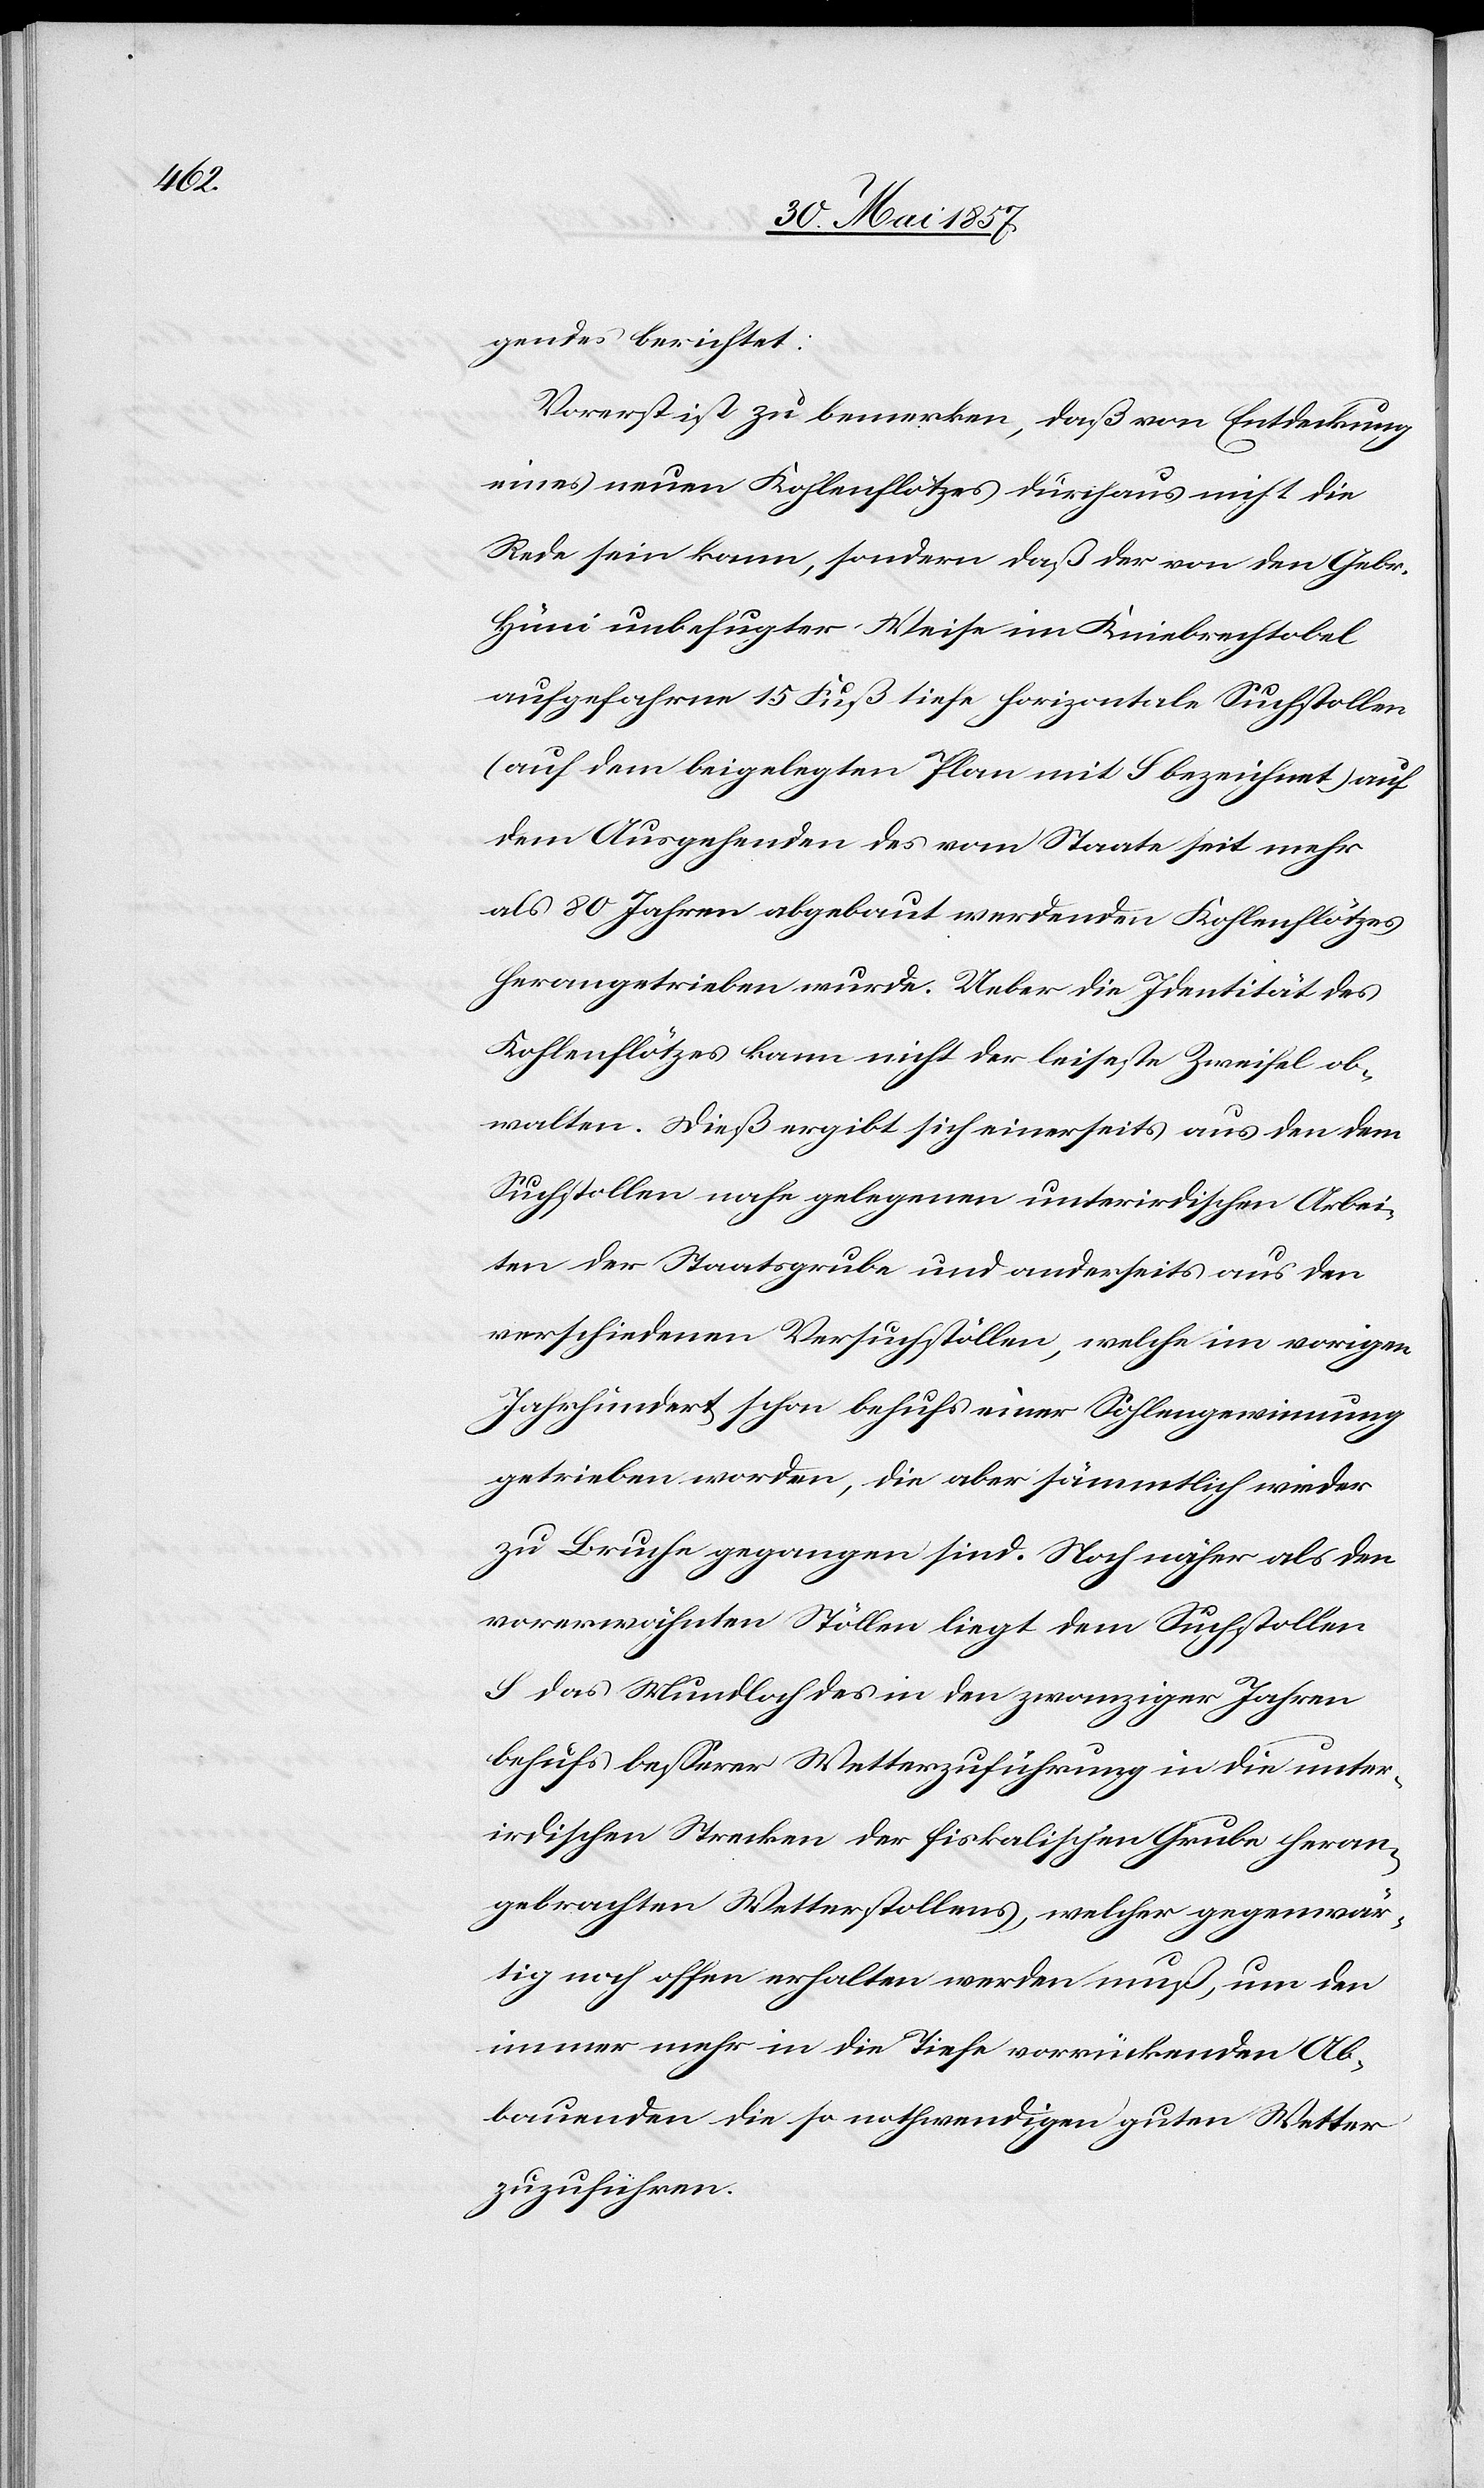
gendes berichtet:
Vorerst ist zu bemerken, daß von Entdeckung
eines neuen Kohlenflötzes durchaus nicht die
Rede sein kann, sondern daß der von den Gebr.
Hüni unbefugter Weise im Kniebrechtobel
aufgefahrene 15 Fuß tiefe horizontale Suchstollen
(auf dem beigelegten Plan mit S bezeichnet) auf
dem Ausgehenden des vom Staate seit mehr
als 80 Jahren abgebaut werdenden Kohlenflötzes
herangetrieben wurde. Ueber die Identität des
Kohlenflötzes kann nicht der leiseste Zweifel ob¬
walten. Dieß ergibt sich einerseits aus den dem
Suchstollen nahe gelegenen unterirdischen Arbei¬
ten der Staatsgrube und anderseits aus den
verschiedenen Versuchstöllen, welche im vorigen
Jahrhundert schon behufs einer Sohlengewinnung
getrieben worden, die aber sämmtlich wieder
zu Bruche gegangen sind. Noch näher als den
vorerwähnten Stöllen liegt dem Suchstollen
S das Mundloch des in den zwanziger Jahren
behufs besserer Wetterzuführung in die unter¬
irdischen Strecken der fiskalischen Grube heran¬
gebrachten Wetterstollens, welcher gegenwär¬
tig noch offen erhalten werden muß, um den
immer mehr in die Tiefe vorrückenden Ab¬
bauenden die so nothwendigen guten Wetter
zuzuführen.